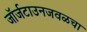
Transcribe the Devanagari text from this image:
जॉर्जटाउनजवळचा